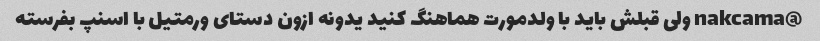
@nakcama ولی قبلش باید با ولدمورت هماهنگ کنید یدونه ازون دستای ورمتیل با اسنپ بفرسته